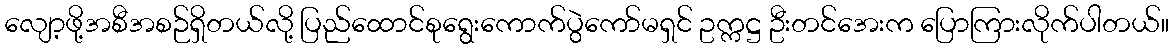
လျော့ဖို့အစီအစဉ်ရှိတယ်လို့ ပြည်ထောင်စုရွေးကောက်ပွဲကော်မရှင် ဥက္ကဋ္ဌ ဦးတင်အေးက ပြောကြားလိုက်ပါတယ်။